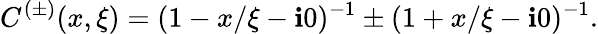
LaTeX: C^{(\pm)}(x,\xi)=(1-x/\xi-\mathbf{i}0)^{-1}\pm(1+x/\xi-\mathbf{i}0)^{-1}.